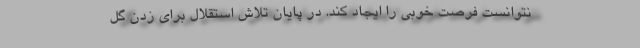
نتوانست فرصت خوبی را ایجاد کند. در پایان تلاش استقلال برای زدن گل